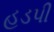
હડપી